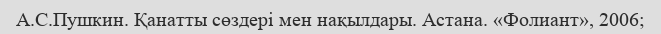
А.С.Пушкин. Қанатты сөздері мен нақылдары. Астана. «Фолиант», 2006;